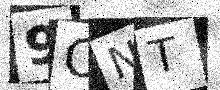
Text: 9ONT